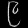
Digit: ၉